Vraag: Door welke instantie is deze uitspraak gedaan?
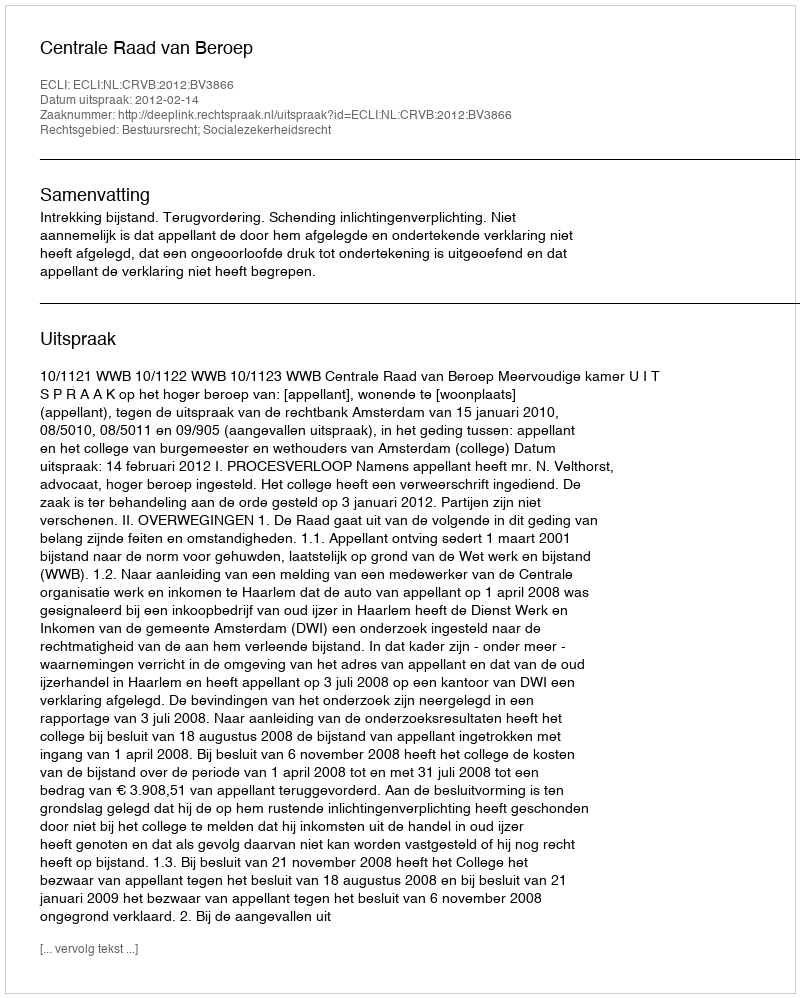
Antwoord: Centrale Raad van Beroep